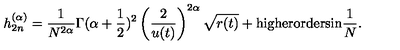
{ h } _ { 2 n } ^ { ( \alpha ) } = \frac { 1 } { N ^ { 2 \alpha } } { \Gamma ( \alpha + \frac 1 2 ) ^ { 2 } } \left( \frac { 2 } { u ( t ) } \right) ^ { 2 \alpha } \sqrt { r ( t ) } + \mathrm { h i g h e r o r d e r s i n } \frac 1 N .